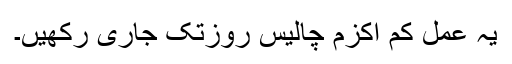
یہ عمل کم اکزم چالیس روزتک جاری رکھیں۔